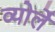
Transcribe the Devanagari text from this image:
व्योर्ले